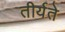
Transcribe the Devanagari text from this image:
तीर्यते